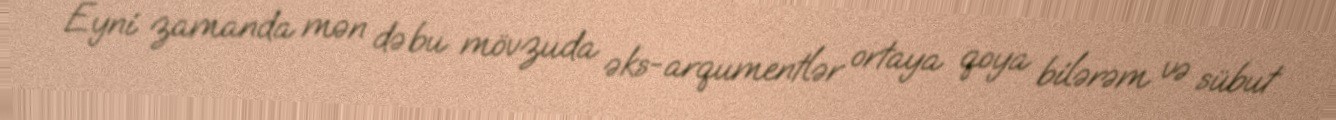
Eyni zamanda mən də bu mövzuda əks-arqumentlər ortaya qoya bilərəm və sübut